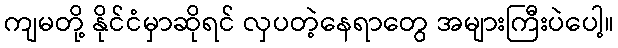
ကျမတို့ နိုင်ငံမှာဆိုရင် လှပတဲ့နေရာတွေ အများကြီးပဲပေါ့။